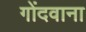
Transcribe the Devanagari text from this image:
गोंदवाना